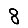
Digit: 8